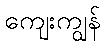
ကျေးကျွန်